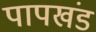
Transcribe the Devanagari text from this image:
पापखंड